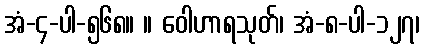
အံ-၄-ပါ-၅၆၈။ ။ ဝေါဟာရသုတ်၊ အံ-၈-ပါ-၁၂၇၊